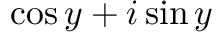
\cos y + i \sin y